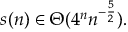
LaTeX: s ( n ) \in \Theta ( 4 ^ { n } n ^ { - { \frac { 5 } { 2 } } } ) .